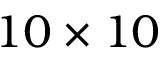
1 0 \times 1 0